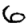
Digit: 6